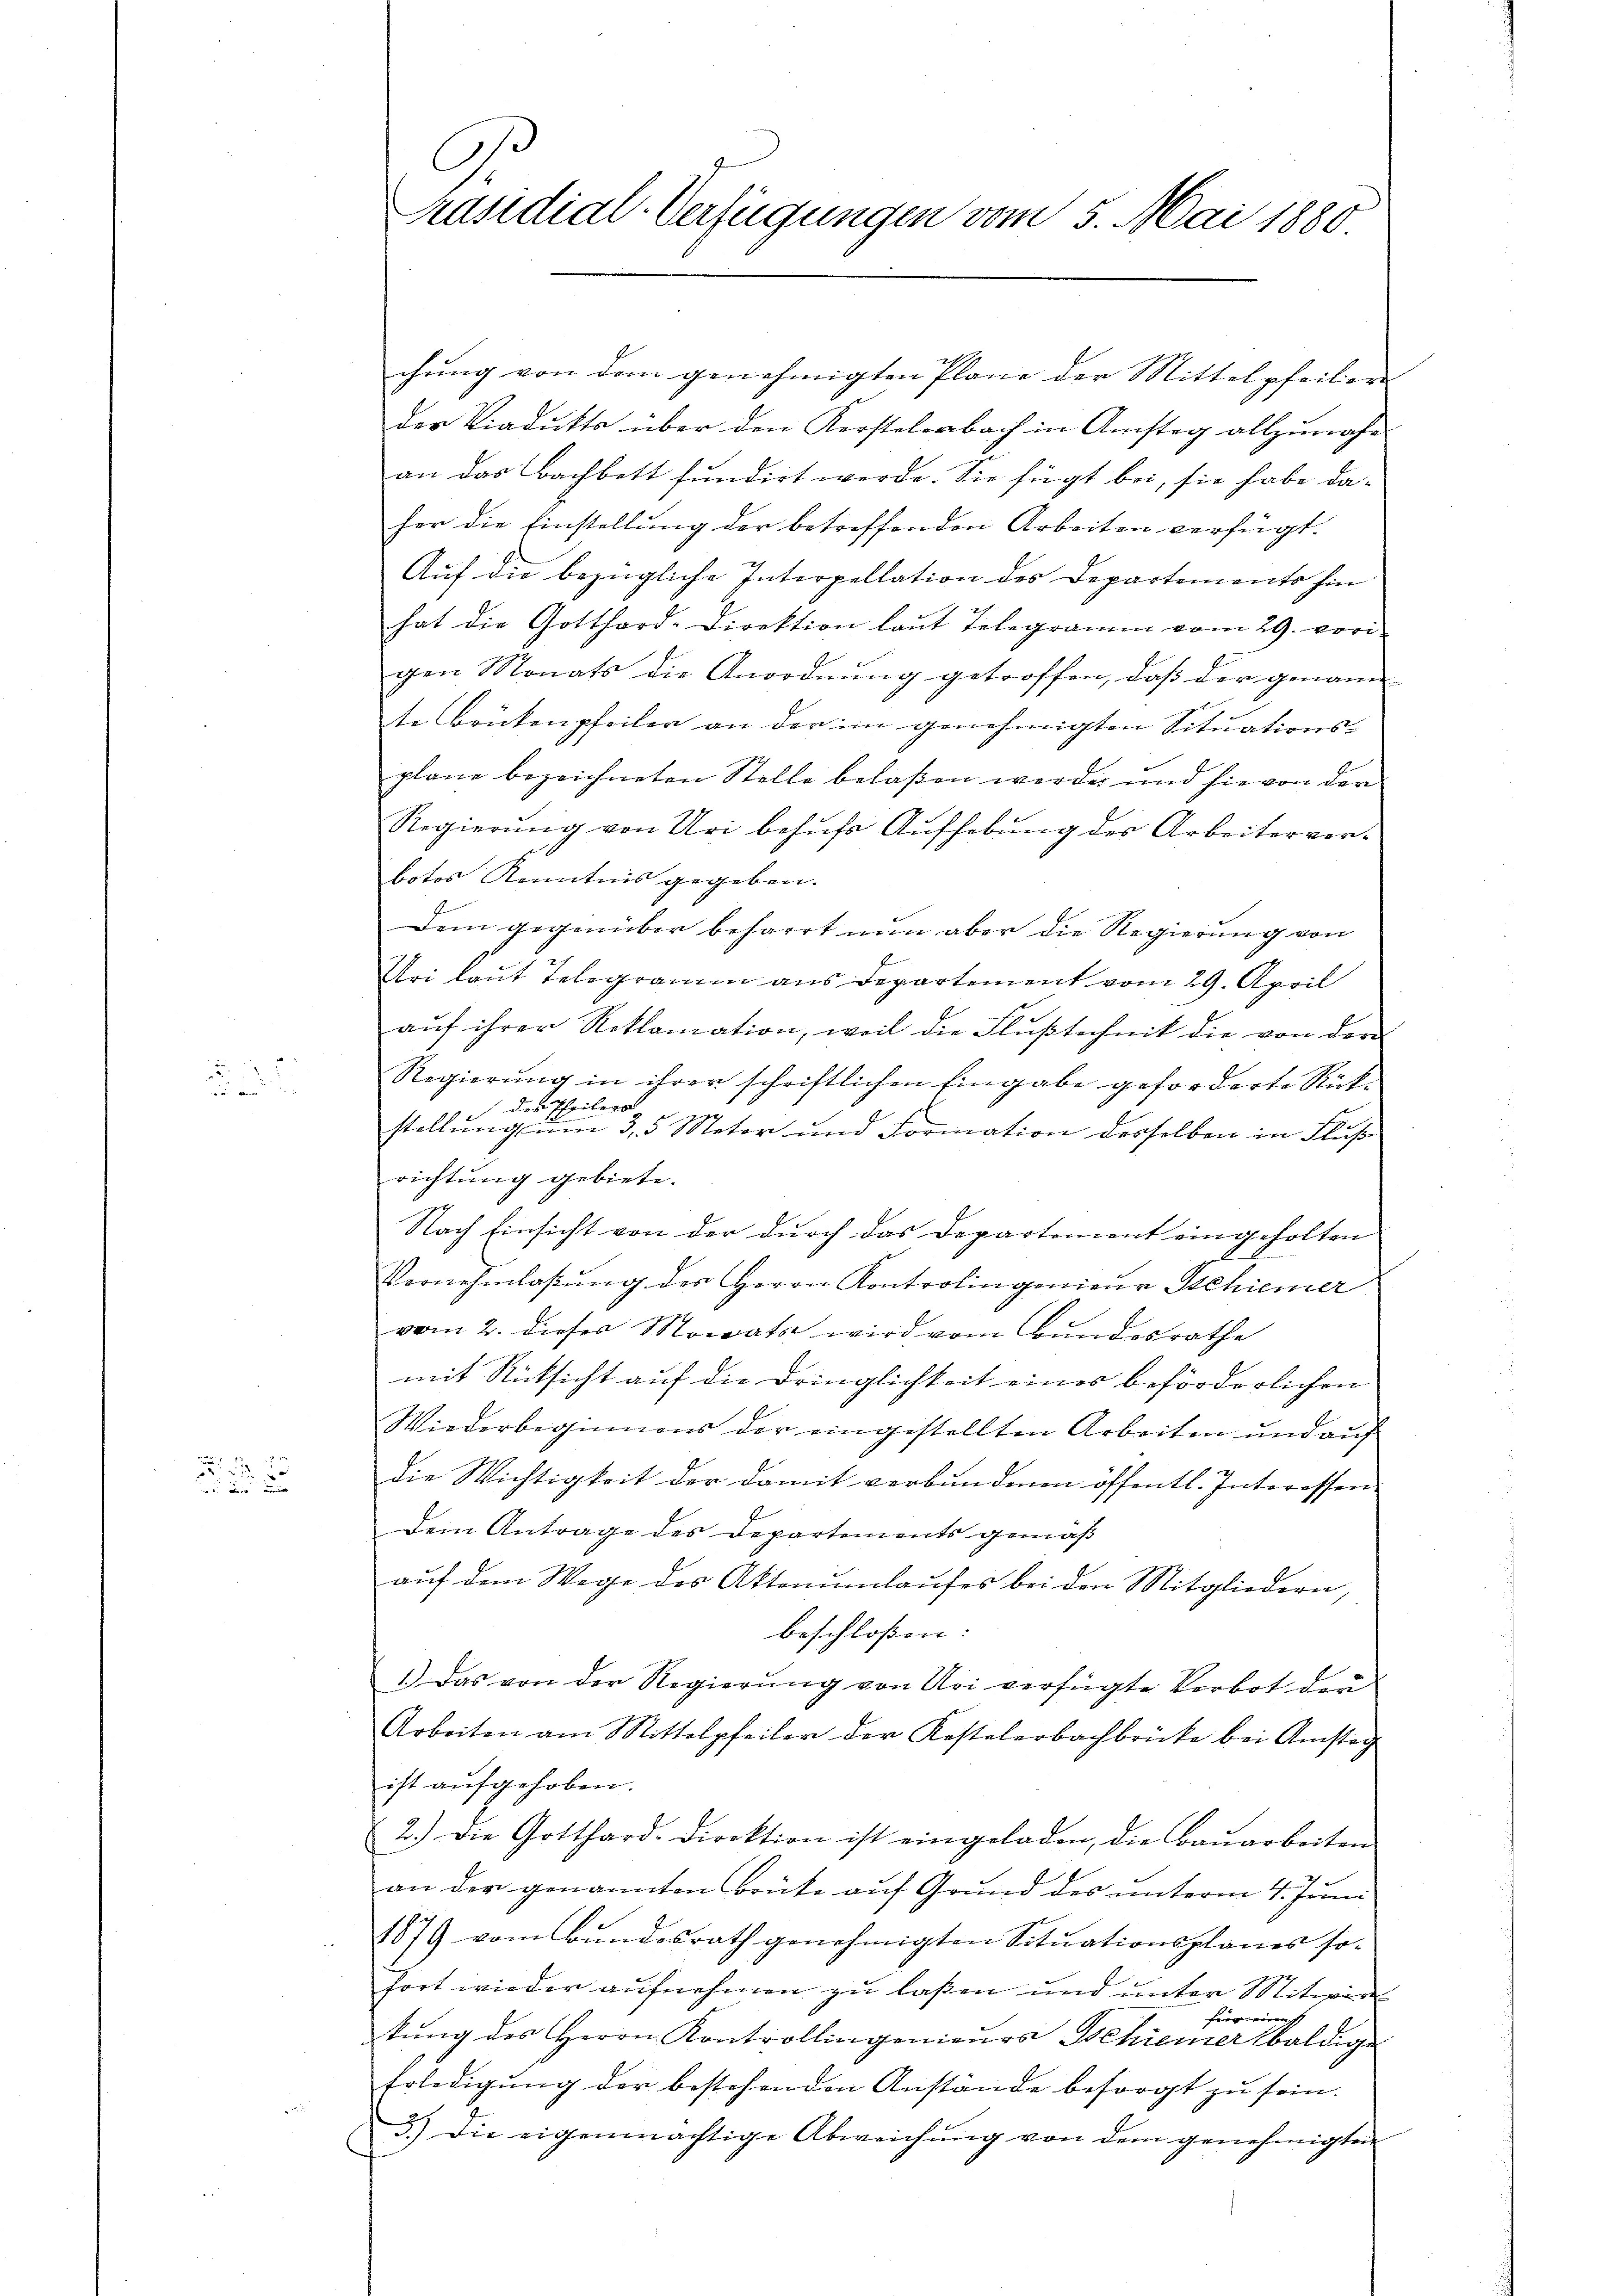
a

2

chung von dem genehmigten Plane der Mittelpfeiler
der Viadukte über den Kerstelenbach in Amstag allzunahe
an das Bachbett fundirt werde. Sie fügt bei, sie habe daher die Einstellung der betreffenden Arbeiten verfügt:
Auf die bezügliche Interpellation des Departements hin
hat die Gotthard-Direktion laut Telegramm vom 29. vori
gen Monats die Anordnung getroffen, daß der genann
te Brückenpfeiler an der im genehmigten Situations-
plane bezeichneten Stelle belaßen werden und sie von der
Regierŭng von Uri behŭfs Aufhebung des Arbeitervor-
botes Kenntnis gegeben.
Dem gegenüber beharrt nun aber die Regierung von
Uri laut Telegramm aus Departement vom 29. April
auf ihrer Reklamation, weil die Flußtechnik die von der
Regierung in ihrer schriftlichen Eingabe geforderte Rückdes Theilers
x
e
stellung um 35 Meter und Formation desselben in Flußrichtung gebiete.
Nach Einsicht von der durch das Departement eingeholten
Vornehmlassŭng der Herrn Kontrolingenieur Schiener
vom 2. dieser Monata wird vom Bundesrathe
mit Rücksicht auf die Dringlichkeit eines beförderlichen
Wiederbeginnens der eingestellten Arbeiten und auf
die Wichtigkeit der damit verbundenen öffentl. Interessen.
Dem Antrage des Departements gemäß
auf dem Wege des Aktenŭmlaufes bei den Mitgliedern,
beschloßen:
1.) Das von der Regierung von Uri verfügte Verbot der
Arbeiten am Mittelpfeiler der Kastelerbachbrücke bei Amstag
ist aufgehoben.
2.) Die Gotthard-Direktion ist eingeladen, die Baŭarbeiten
an der genannten Brüke auf Grund des unterm 4. Juni
1879 vom Bundesrath genehmigten Sitŭationsplanes so-
fort wieder aufnehmen zu laßen und unter Mitwirt
fing eines |
.
kŭng des Herrn Kontrollingenieŭrs Schiener baldige
Erledigŭng der bestehenden Anstände besorgt zŭ sein.
3.) Die eigenmächtige Abweichŭng von dem genehmigten

C
Präsidial-Verfügungen vom 5. Mai 1880